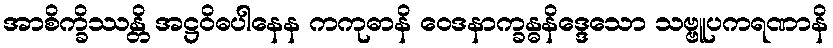
အာစိက္ခိဿန္တိ အဋ္ဌဝိဓပါနေန ကကုဓာနိ ဝေဒနာက္ခန္ဓနိဒ္ဒေသော သဗ္ဗူပကရဏာနိ